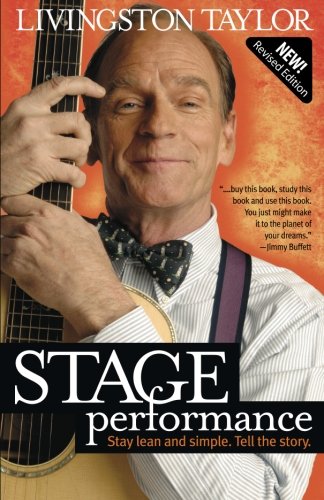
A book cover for Stage Performance; Livingston Taylor; Humor & Entertainment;